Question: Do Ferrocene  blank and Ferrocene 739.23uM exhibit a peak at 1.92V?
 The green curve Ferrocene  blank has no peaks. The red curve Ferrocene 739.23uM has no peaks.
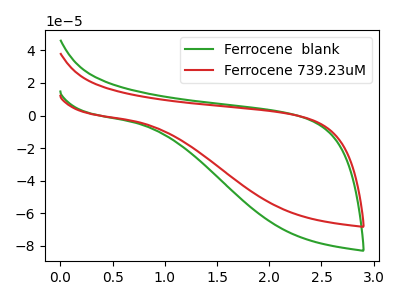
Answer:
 <answer>No, "Ferrocene  blank" and "Ferrocene 739.23uM" dont share a peak at 1.92V.</answer>
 <eval>mismatch</eval>